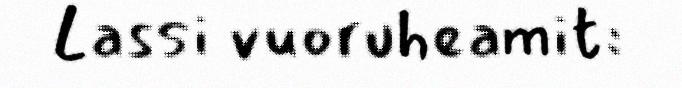
Lassi vuoruheamit: